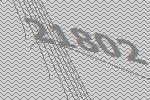
21802